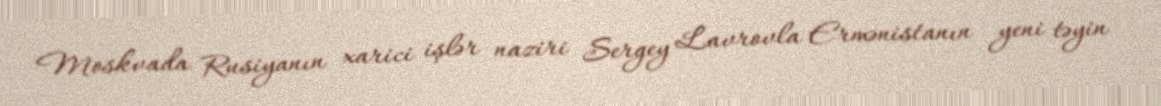
Moskvada Rusiyanın xarici işlər naziri Sergey Lavrovla Ermənistanın yeni təyin